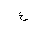
Letter: _ayn